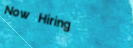
Now Hiring